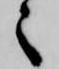
々